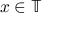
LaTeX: x \in \mathbb { T }